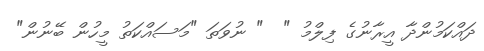
ދައްކަމުންދާ އީރާނުގެ ފިލްމު "  " ނުވަތަ "މަސައްކަތު މީހުން ބޭނުން"